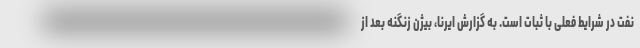
نفت در شرایط فعلی با ثبات است. به گزارش ایرنا، بیژن زنگنه بعد از